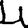
Digit: 4